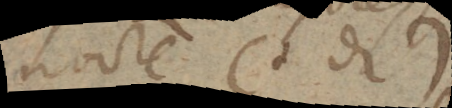
nocte (+_)